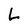
Character: L